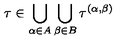
\tau \in \bigcup _ { \alpha \in A } \bigcup _ { \beta \in B } \tau ^ { ( \alpha , \beta ) }